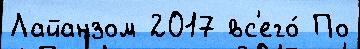
Лайанзом 2017 вс'его́ По